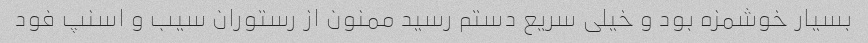
بسیار خوشمزه بود و خیلی سریع دستم رسید ممنون از رستوران سیب و اسنپ فود